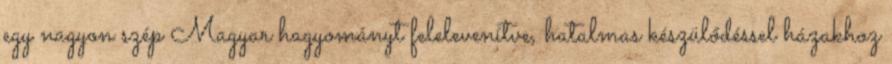
egy nagyon szép Magyar hagyományt felelevenítve, hatalmas készülődéssel házakhoz